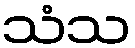
သံသ